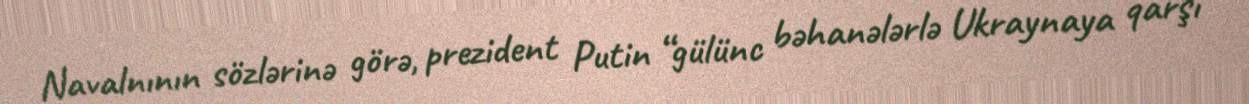
Navalnının sözlərinə görə, prezident Putin “gülünc bəhanələrlə Ukraynaya qarşı